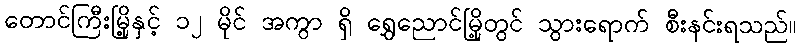
တောင်ကြီးမြို့နှင့် ၁၂ မိုင် အကွာ ရှိ ရွှေညောင်မြို့တွင် သွားရောက် စီးနင်းရသည်။